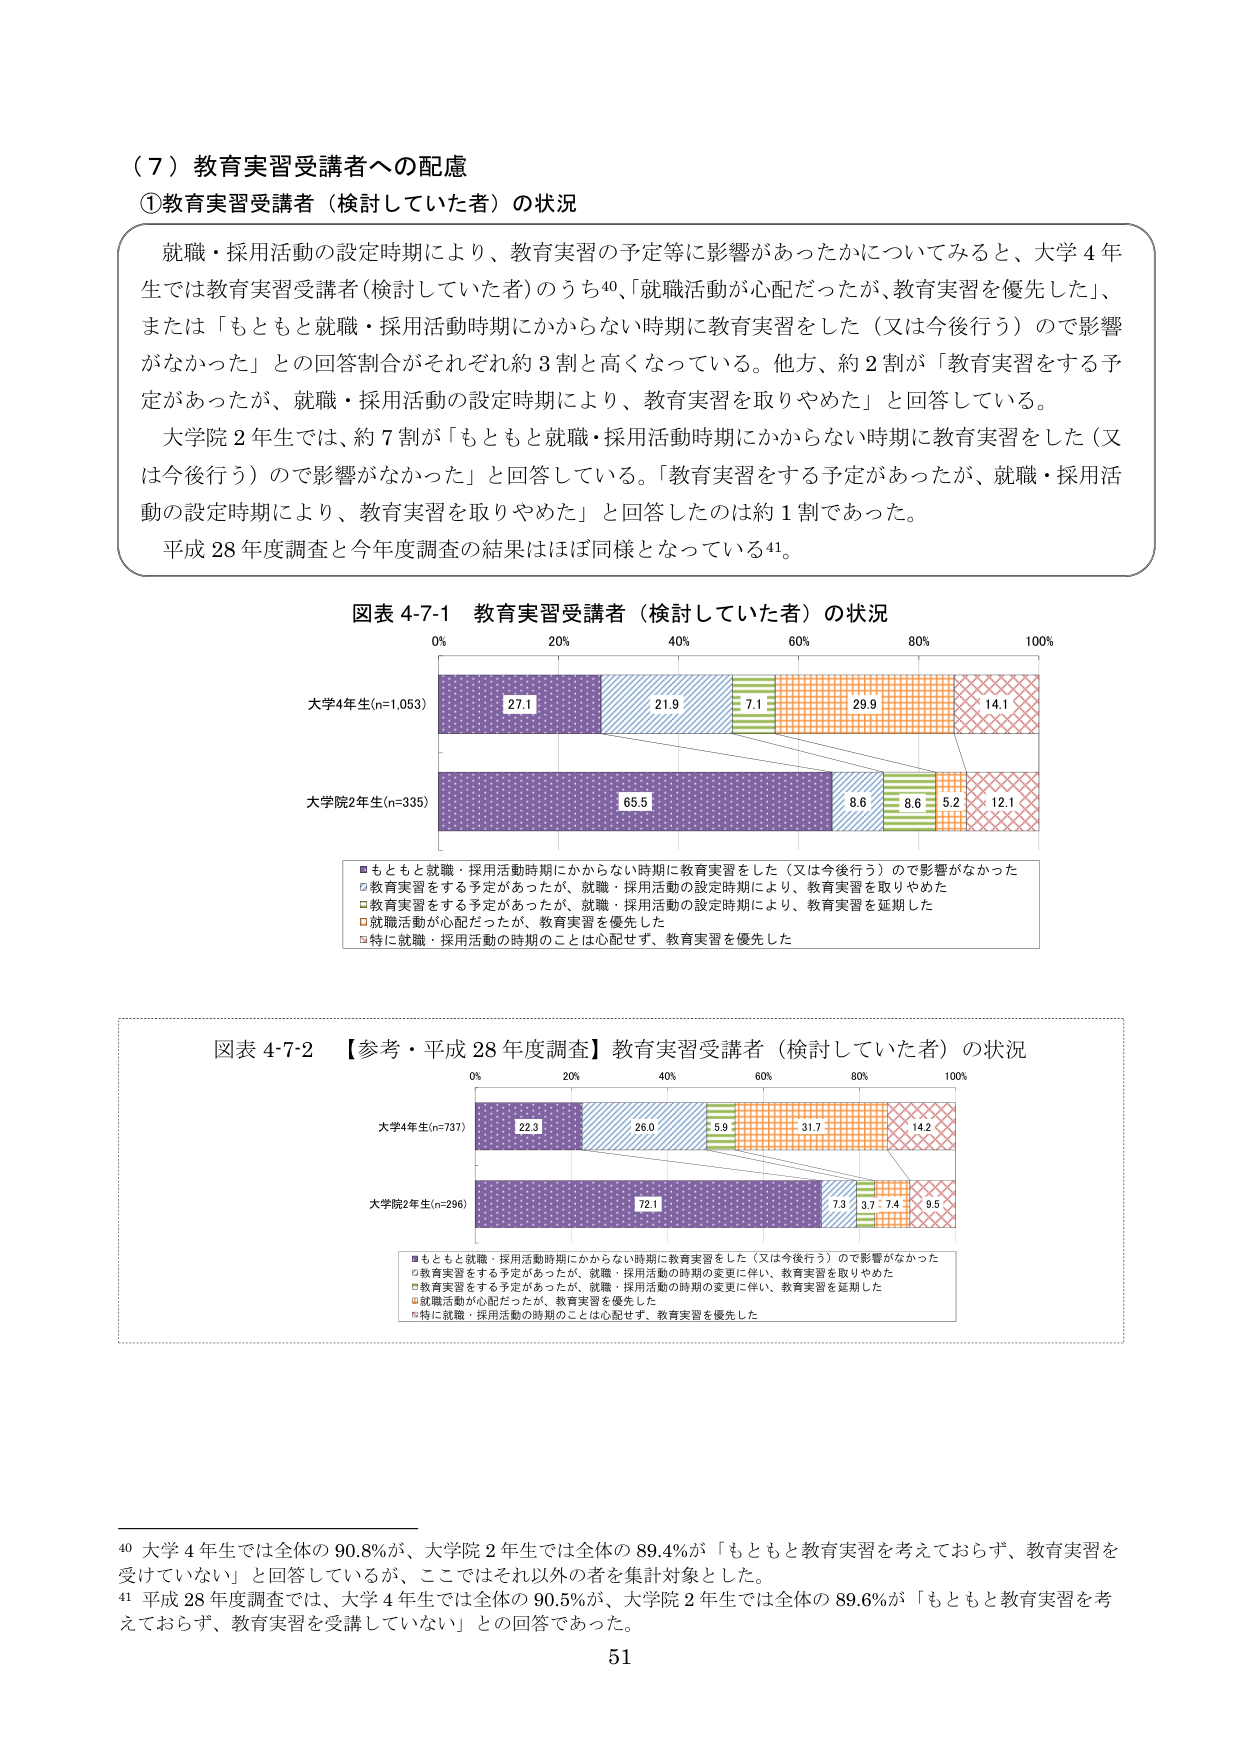
（７）教育実習受講者への配慮
①教育実習受講者（検討していた者）の状況

就職・採用活動の設定時期により、教育実習の予定等に影響があったかについてみると、大学４年生では教育実習受講者（検討していた者）のうち40、「就職活動が心配だったが、教育実習を優先した」、または「もともと就職・採用活動時期にかからない時期に教育実習をした（又は今後行う）ので影響がなかった」との回答割合がそれぞれ約３割と高くなっている。他方、約２割が「教育実習をする予定があったが、就職・採用活動の設定時期により、教育実習を取りやめた」と回答している。
大学院２年生では、約７割が「もともと就職・採用活動時期にかからない時期に教育実習をした（又は今後行う）ので影響がなかった」と回答している。「教育実習をする予定があったが、就職・採用活動の設定時期により、教育実習を取りやめた」と回答したのは約１割であった。
平成28年度調査と今年度調査の結果はほぼ同様となっている41。

図表 4-7-1 教育実習受講者（検討していた者）の状況
0% 20% 40% 60% 80% 100%
大学4年生(n=1,053)
27.1 21.9 7.1 29.9 14.1
大学院2年生(n=335)
65.5 8.6 8.6 5.2 12.1
■もともと就職・採用活動時期にかからない時期に教育実習をした（又は今後行う）ので影響がなかった
□教育実習をする予定があったが、就職・採用活動の設定時期により、教育実習を取りやめた
□教育実習をする予定があったが、就職・採用活動の設定時期により、教育実習を延期した
□就職活動が心配だったが、教育実習を優先した
□特に就職・採用活動の時期のことは心配せず、教育実習を優先した

図表 4-7-2 【参考・平成28年度調査】教育実習受講者（検討していた者）の状況
0% 20% 40% 60% 80% 100%
大学4年生(n=737)
22.3 26.0 5.9 31.7 14.2
大学院2年生(n=296)
72.1 7.3 3.7 7.4 9.5
■もともと就職・採用活動時期にかからない時期に教育実習をした（又は今後行う）ので影響がなかった
□教育実習をする予定があったが、就職・採用活動の時期の変更に伴い、教育実習を取りやめた
□教育実習をする予定があったが、就職・採用活動の時期の変更に伴い、教育実習を延期した
□就職活動が心配だったが、教育実習を優先した
□特に就職・採用活動の時期のことは心配せず、教育実習を優先した

40 大学４年生では全体の90.8%が、大学院２年生では全体の89.4%が「もともと教育実習を考えておらず、教育実習を受けていない」と回答しているが、ここではそれ以外の者を集計対象とした。
41 平成28年度調査では、大学４年生では全体の90.5%が、大学院２年生では全体の89.6%が「もともと教育実習を考えておらず、教育実習を受講していない」との回答であった。
51